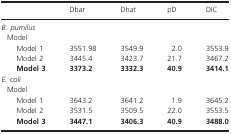
<table><thead><tr><td></td><td><b>Dbar</b></td><td><b>Dhat</b></td><td><b>pD</b></td><td><b>DIC</b></td></tr></thead><tbody><tr><td colspan="5"><i>B. pumilus</i></td></tr><tr><td colspan="5"> Model</td></tr><tr><td>Model 1</td><td>3551.98</td><td>3549.9</td><td>2.0</td><td>3553.9</td></tr><tr><td>Model 2</td><td>3445.4</td><td>3423.7</td><td>21.7</td><td>3467.2</td></tr><tr><td><b>Model 3</b></td><td><b>3373.2</b></td><td><b>3332.3</b></td><td><b>40.9</b></td><td><b>3414.1</b></td></tr><tr><td colspan="5"><i>E. coli</i></td></tr><tr><td colspan="5"> Model</td></tr><tr><td>Model 1</td><td>3643.2</td><td>3641.2</td><td>1.9</td><td>3645.2</td></tr><tr><td>Model 2</td><td>3531.5</td><td>3509.5</td><td>22.0</td><td>3553.5</td></tr><tr><td><b>Model 3</b></td><td><b>3447.1</b></td><td><b>3406.3</b></td><td><b>40.9</b></td><td><b>3488.0</b></td></tr></tbody></table>